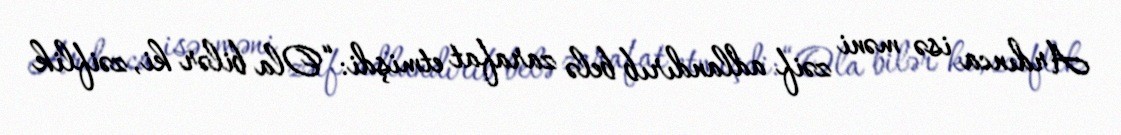
Ardınca isə məni zəif adlandırıb belə zarafat etmişdi: “Ola bilər ki, zəiflik